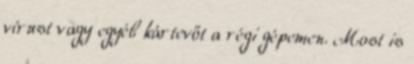
vírust vagy egyéb kártevőt a régi gépemen. Most is